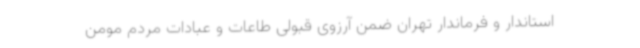
استاندار و فرماندار تهران ضمن آرزوی قبولی طاعات و عبادات مردم مومن